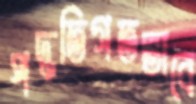
পদ্ধতিগতভাবে